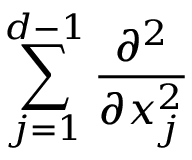
\sum _ { j = 1 } ^ { d - 1 } \frac { \partial ^ { 2 } } { \partial x _ { j } ^ { 2 } }